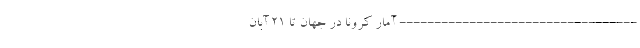
---------------------------------- آمار کرونا در جهان تا ۲۱ آبان